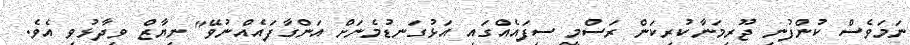
ނަމަވެސް ކުންފުނި ޖޫރިމަނާކުރިކަން ރަސްމީ ސިފައެއްގައި އަޅުގަނޑުމެނަށް އަންގާފައެއްނުވޭ" ނިޔާޒް ވިދާޅުވި އެވެ.